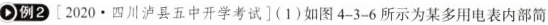
例2.[2020.四川泸县五中开学考试](1)如图4-3-6所示为某多用电表内部简